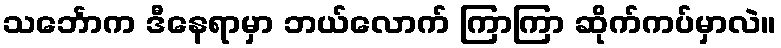
သင်္ဘောက ဒီနေရာမှာ ဘယ်လောက် ကြာကြာ ဆိုက်ကပ်မှာလဲ။